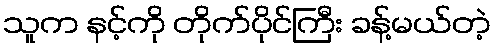
သူက နင့်ကို တိုက်ပိုင်ကြီး ခန့်မယ်တဲ့